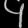
Digit: ၄